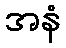
အနံ